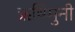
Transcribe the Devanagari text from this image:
ऋषिंमुनी